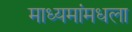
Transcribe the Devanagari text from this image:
माध्यमांमधला